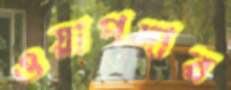
ওয়াপদার